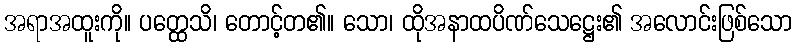
အရာအထူးကို။ ပတ္ထေသိ၊ တောင့်တ၏။ သော၊ ထိုအနာထပိဏ်သေဋ္ဌေး၏ အလောင်းဖြစ်သော